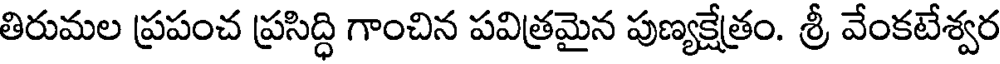
తిరుమల ప్రపంచ ప్రసిద్ధి గాంచిన పవిత్రమైన పుణ్యక్షేత్రం. శ్రీ వేంకటేశ్వర